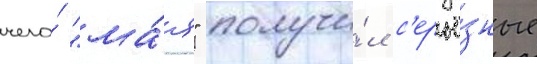
чего́ "ма́я" получи́л с'ерьё́зные